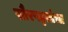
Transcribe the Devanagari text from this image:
सौरपट्टय़ांचा